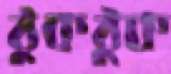
ঠুকঠুক